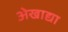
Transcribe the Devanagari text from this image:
अेखाद्या